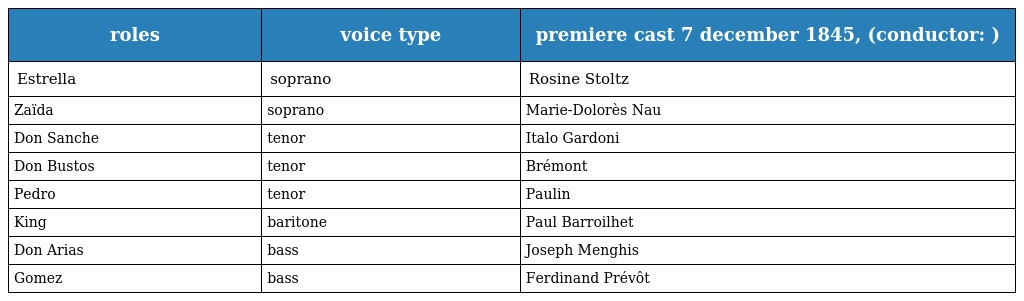
| roles | voice type | premiere cast 7 december 1845, (conductor: ) |
 | --- | --- | --- |
 | Estrella | soprano | Rosine Stoltz |
 | Zaïda | soprano | Marie-Dolorès Nau |
 | Don Sanche | tenor | Italo Gardoni |
 | Don Bustos | tenor | Brémont |
 | Pedro | tenor | Paulin |
 | King | baritone | Paul Barroilhet |
 | Don Arias | bass | Joseph Menghis |
 | Gomez | bass | Ferdinand Prévôt |